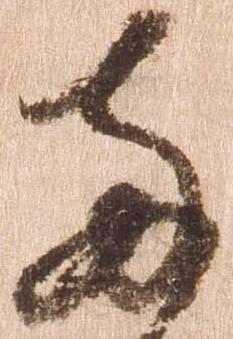
両